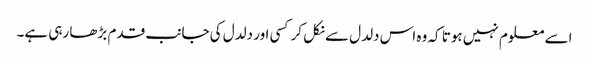
اسے معلوم نہیں ہوتا کہ وہ اس دلدل سے نکل کر کسی اور دلدل کی جانب قدم بڑھا رہی ہے۔